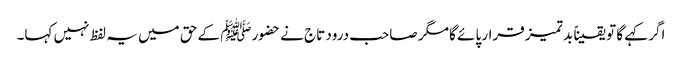
اگر کہے گا تو یقیناً بد تمیز قرار پائے گا مگر صاحب درود تاج نے حضورﷺ کے حق میں یہ لفظ نہیں کہا۔